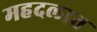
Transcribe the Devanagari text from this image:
महदलात